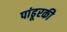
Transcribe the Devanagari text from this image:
पांढूरकी